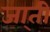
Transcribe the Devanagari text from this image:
जा्ती